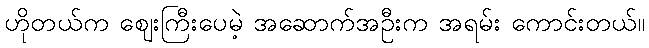
ဟိုတယ်က ဈေးကြီးပေမဲ့ အဆောက်အဦးက အရမ်း ကောင်းတယ်။